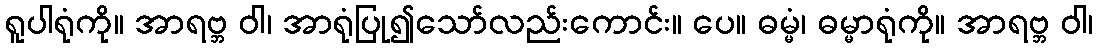
ရူပါရုံကို။ အာရဗ္ဘ ဝါ၊ အာရုံပြု၍သော်လည်းကောင်း။ ပေ။ ဓမ္မံ၊ ဓမ္မာရုံကို။ အာရဗ္ဘ ဝါ၊